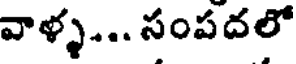
వాళ్ళ... సంపదలో